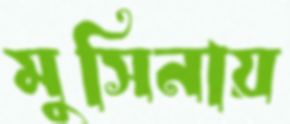
মুসিনায়